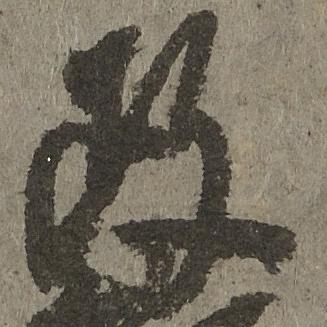
政